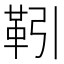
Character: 靷